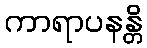
ကာရာပနန္တိ